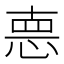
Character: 𢛳